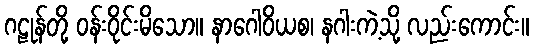
ဂဠုန်တို့ ဝန်းဝိုင်းမိသော။ နာဂေါဝိယစ၊ နဂါးကဲ့သို့ လည်းကောင်း။